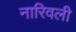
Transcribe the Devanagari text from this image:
नारिवली